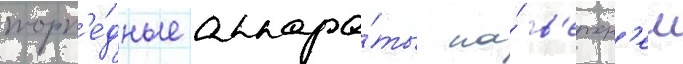
торп'е́дные аппара́ты на́ в'ерхн'еи